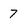
Character: 7